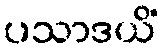
ပသာဒယိံ